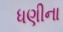
ધણીના